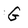
Character: G